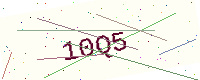
Text: 10Q5